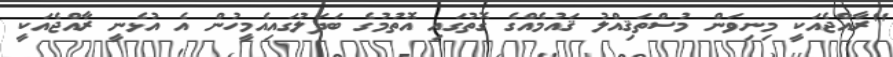
"ރާއްޖެއަކީ މިނިވަން މުސްތަޤިއްލު ޤައުމެއްގެ ގޮތުގައި އޮތުމުގެ ބަދަލުގައިއެމީހުން އެ އުޅެނީ ރާއްޖެއަކީ